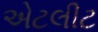
એટલીટ